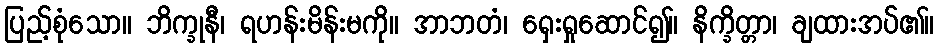
ပြည့်စုံသော။ ဘိက္ခုနီ၊ ရဟန်းမိန်းမကို။ အာဘတံ၊ ရှေးရှုဆောင်၍။ နိက္ခိတ္တာ၊ ချထားအပ်၏။